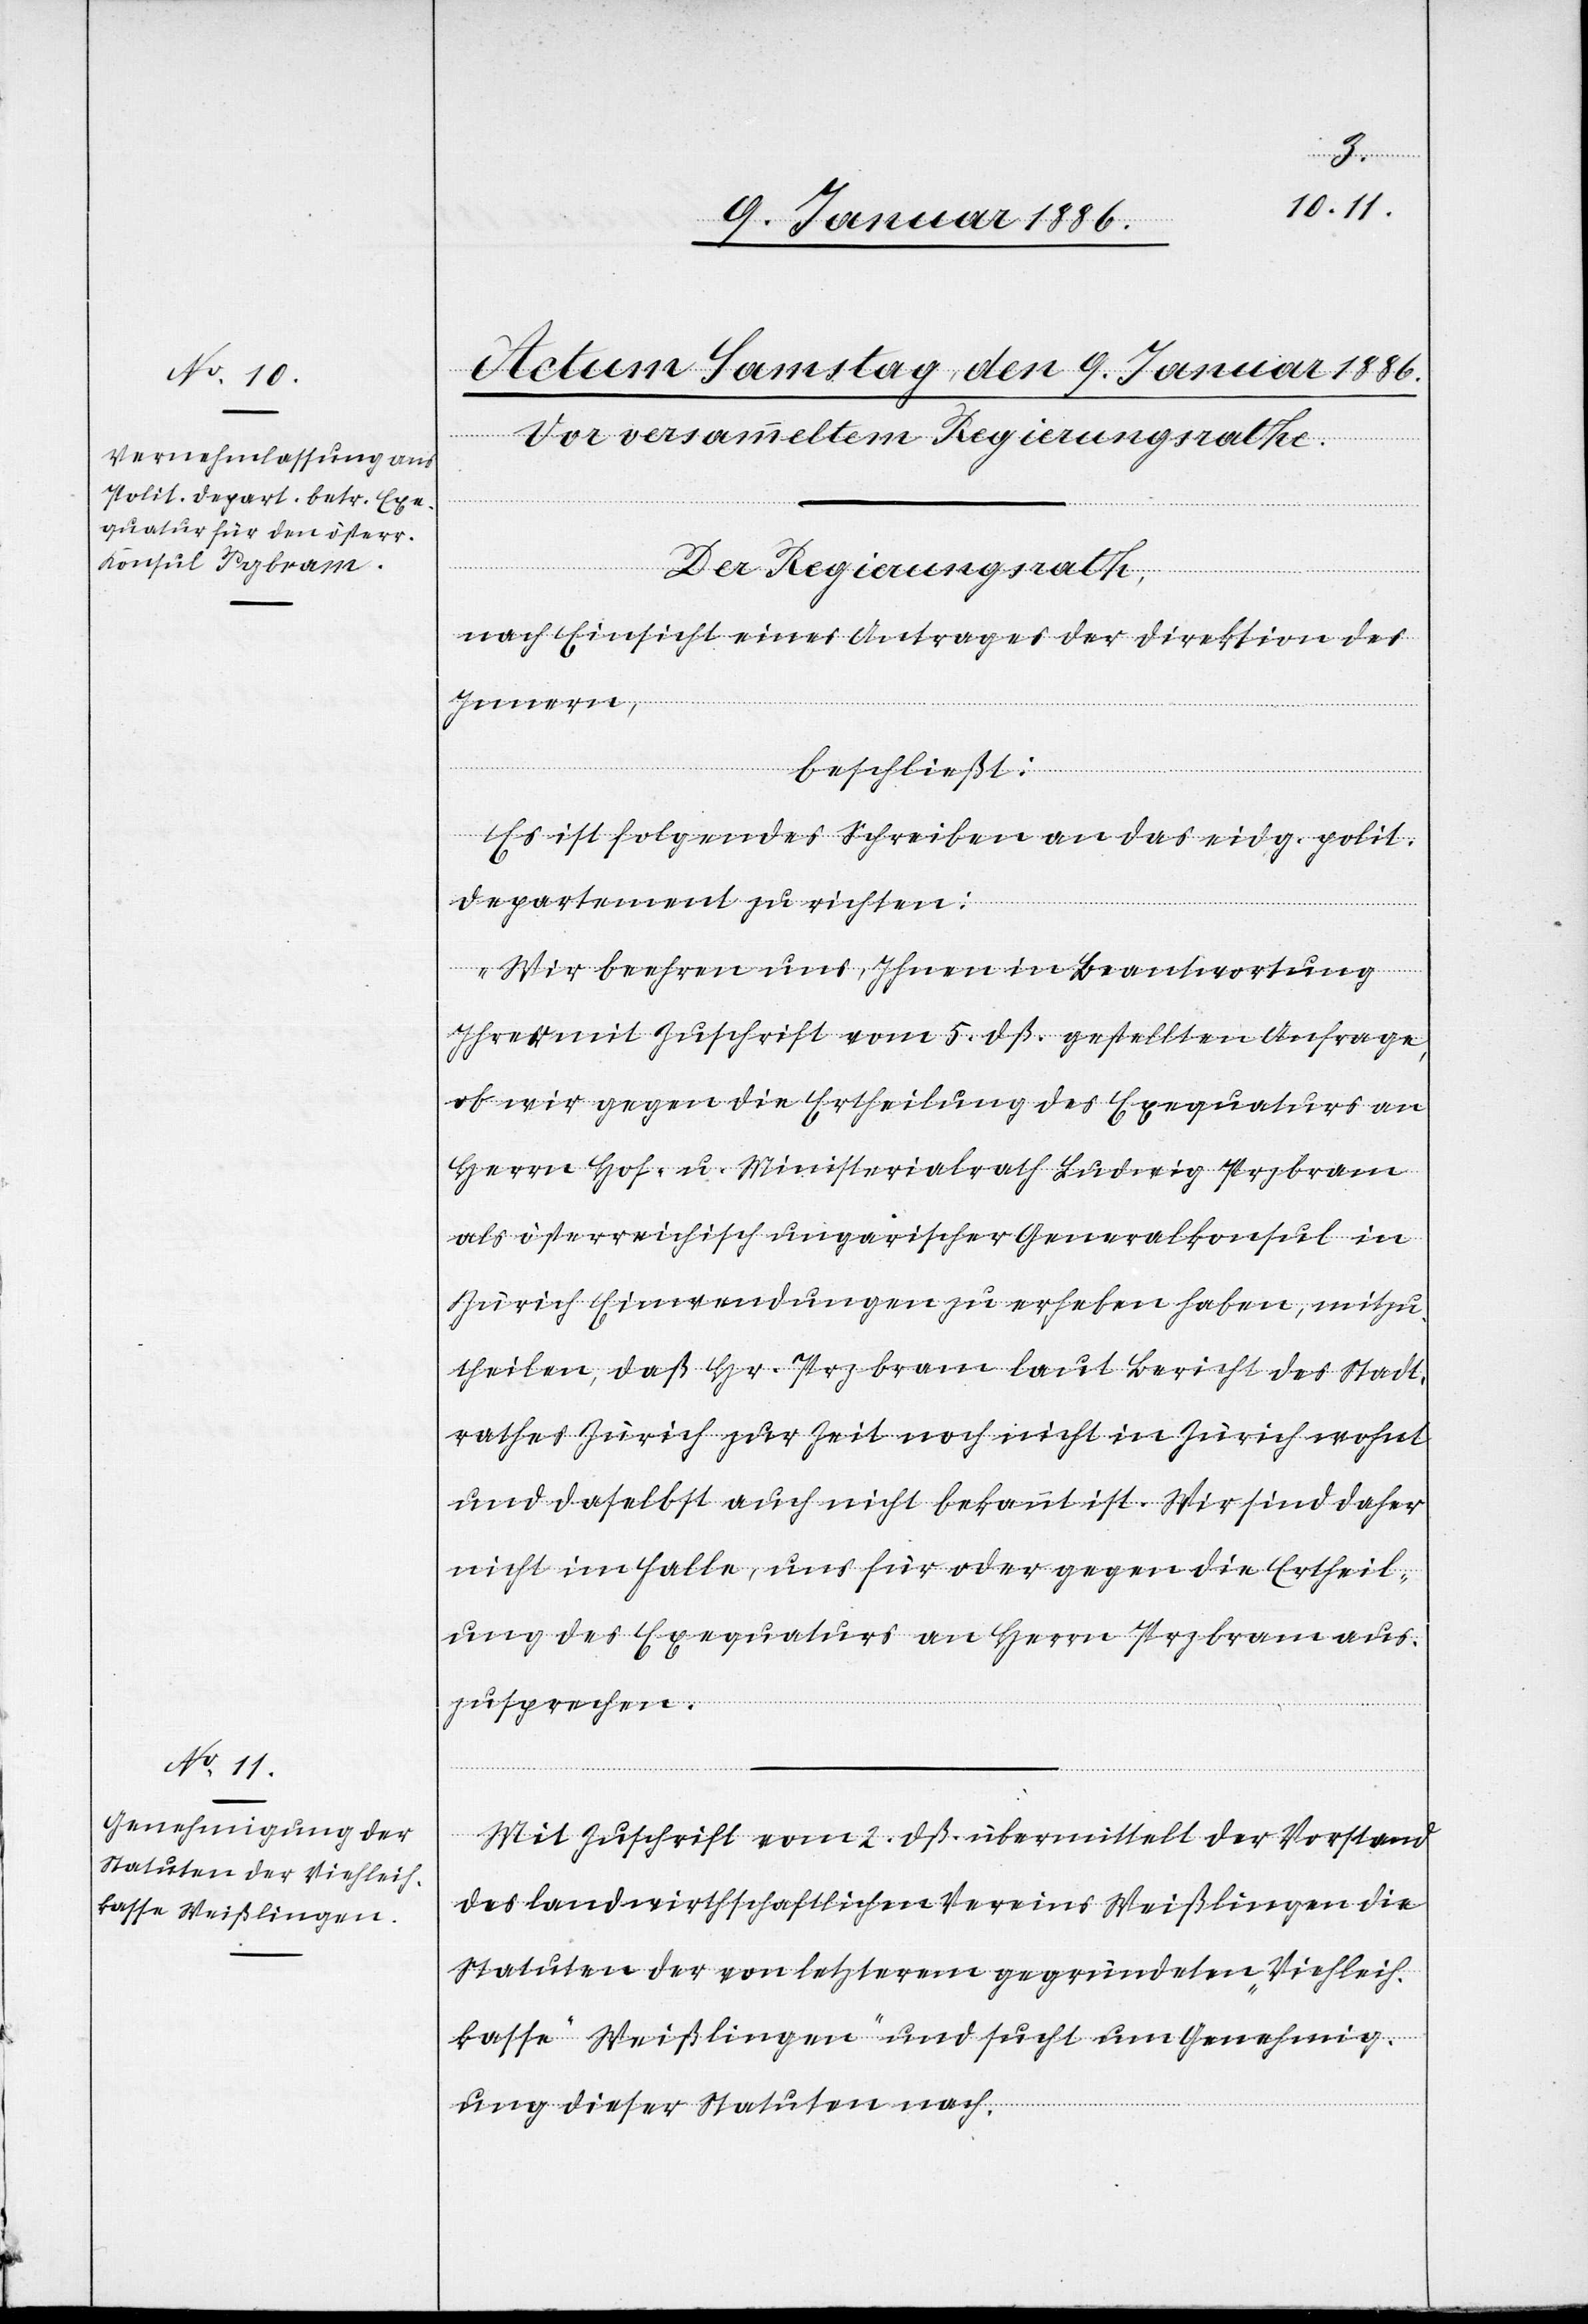
Der Regierungsrath,
nach Einsicht eines Antrages der Direktion des
Innern,
beschließt:
Es ist folgendes Schreiben an das eidg. polit.
Departement zu richten:
„Wir beehren uns, Ihnen in Beantwortung
Ihrer mit Zuschrift vom 5. dß. gestellten Anfrage,
ob wir gegen die Ertheilung des Exequaturs an
Herrn Hof- u. Ministerialrath Ludwig Przbram
als österreichisch ungarischer Generalkonsul in
Zürich Einwendungen zu erheben haben, mitzu¬
theilen, daß Hr. Przbram laut Bericht des Stadt¬
rathes Zürich zur Zeit noch nicht in Zürich wohnt
und daselbst auch nicht bekannt ist. Wir sind daher
nicht im Falle, uns für oder gegen die Ertheil¬
ung des Exequaturs an Herrn Przbram aus¬
zusprechen.“
Mit Zuschrift vom 2. dß. übermittelt der Vorstand
des landwirthschaftlichen Vereins Weißlingen die
Statuten der von letzterem gegründeten „Viehleih-K¬
asse Weißlingen“ und sucht um Genehmig¬
ung dieser Statuten nach.